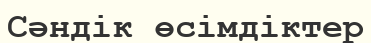
Сәндік өсімдіктер